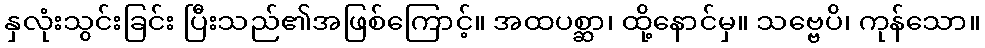
နှလုံးသွင်းခြင်း ပြီးသည်၏အဖြစ်ကြောင့်။ အထပစ္ဆာ၊ ထို့နောင်မှ။ သဗ္ဗေပိ၊ ကုန်သော။